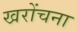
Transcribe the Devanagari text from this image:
खरोंचना